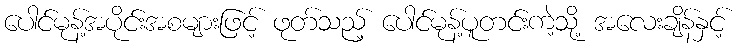
ပေါင်မုန့်အပိုင်းအစများဖြင့် ဖုတ်သည့် ပေါင်မုန့်ပူတင်းကဲ့သို့ အလေးချိန်နှင့်